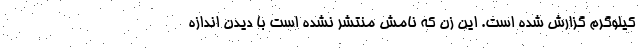
کیلوگرم گزارش شده است. این زن که نامش منتشر نشده است با دیدن اندازه